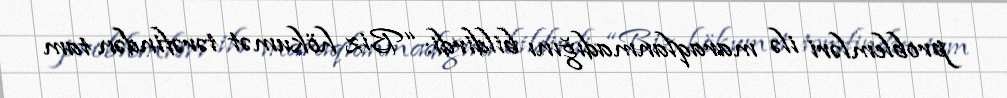
problemləri ilə maraqlanmadığını bildirdi: “Biz hökumət tərəfindən tam